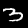
Digit: 3